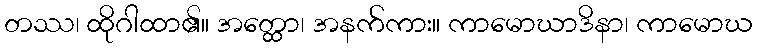
တဿ၊ ထိုဂါထာ၏။ အတ္ထော၊ အနက်ကား။ ကာမောဃာဒိနာ၊ ကာမောဃ